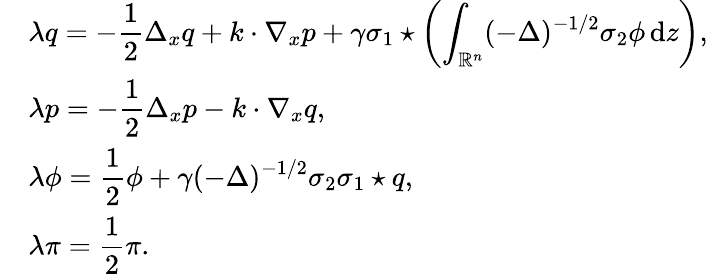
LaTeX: \begin{array}{rl}&{\lambda q=-\displaystyle\frac{1}{2}\Delta_{x}q+k\cdot\nabla_{x}p+\gamma\sigma_{1}\star\left(\displaystyle\int_{\mathbb R^{n}}(-\Delta)^{-1/2}\sigma_{2}\phi\, {\mathrm{d}}z\right),}\\ &{\lambda p=-\displaystyle\frac 12\Delta_{x}p-k\cdot\nabla_{x}q,}\\ &{\lambda\phi=\displaystyle\frac 12\phi+\gamma(-\Delta)^{-1/2}\sigma_{2}\sigma_{1}\star q,}\\ &{\lambda\pi=\displaystyle\frac 12\pi.}\end{array}